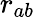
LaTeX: r_{ab}